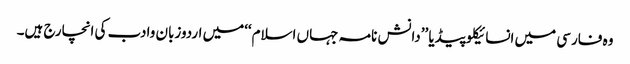
وہ فارسی میں انسائیکلوپیڈیا ’’دانش نامہ جہاں اسلام‘‘میں اردوزبان وادب کی انچارج ہیں۔